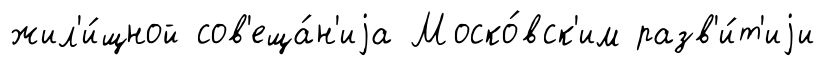
жил'и́щной сов'еща́н'иjа Моско́вск'им разв'и́т'иjи